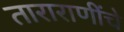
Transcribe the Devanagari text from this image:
ताराराणींचे